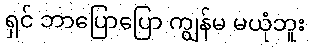
ရှင် ဘာပြောပြော ကျွန်မ မယုံဘူး